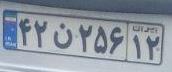
۴۲ن۲۵۶۱۲